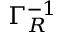
\Gamma _ { R } ^ { - 1 }